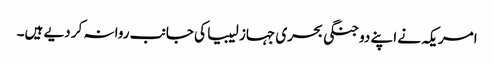
امریکہ نے اپنے دو جنگی بحری جہاز لیبیا کی جانب روانہ کر دیے ہیں۔